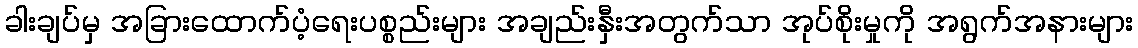
ခါးချပ်မှ အခြားထောက်ပံ့ရေးပစ္စည်းများ အချည်းနှီးအတွက်သာ အုပ်စိုးမှုကို အရွက်အနားများ